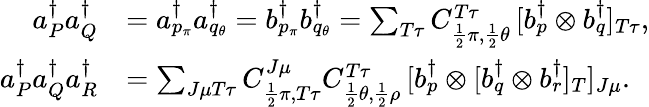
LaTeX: \begin{array}{rl}{a_{P}^{\dagger}a_{Q}^{\dagger}}&{=a_{p_{\pi}}^{\dagger}a_{q_{\theta}}^{\dagger}=b_{p_{\pi}}^{\dagger}b_{q_{\theta}}^{\dagger}=\sum_{T\tau}C_{\frac{1}{2}\pi,\frac{1}{2}\theta}^{T\tau}\, [b_{p}^{\dagger}\otimes b_{q}^{\dagger}]_{T\tau},}\\ {a_{P}^{\dagger}a_{Q}^{\dagger}a_{R}^{\dagger}}&{=\sum_{J\mu T\tau}C_{\frac{1}{2}\pi,T\tau}^{J\mu}C_{\frac{1}{2}\theta,\frac{1}{2}\rho}^{T\tau}\, [b_{p}^{\dagger}\otimes[b_{q}^{\dagger}\otimes b_{r}^{\dagger}]_{T}]_{J\mu}.}\end{array}